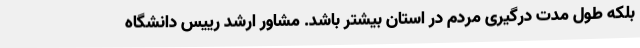
بلکه طول مدت درگیری مردم در استان بیشتر باشد. مشاور ارشد رییس دانشگاه